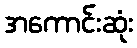
အကောင်းဆုံး